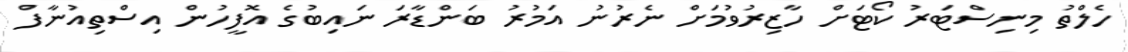
ހެލްތު މިނިސްޓަރު ކޯޓަށް ހާޒިރުވުމަށް ނެރުނު އަމުރު ބަންޑާރަ ނައިބުގެ އޮފީހުން އިސްތިއުނާފް